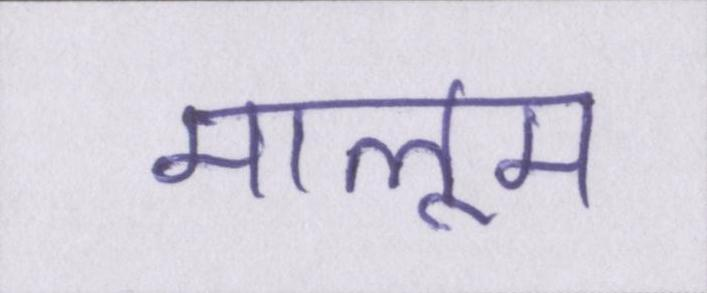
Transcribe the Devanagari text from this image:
मालूम